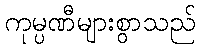
ကုမ္ပဏီများစွာသည်